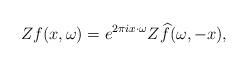
LaTeX: \begin{align*}Zf(x,\omega) = e^{2 \pi i x \cdot \omega} Z\widehat{f}(\omega,-x),\end{align*}